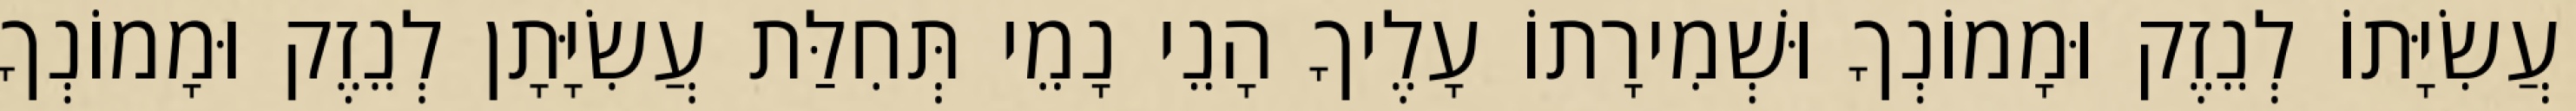
עֲשִׂיָּתוֹ לְנֵזֶק וּמָמוֹנְךָ וּשְׁמִירָתוֹ עָלֶיךָ הָנֵי נָמֵי תְּחִלַּת עֲשִׂיָּתָן לְנֵזֶק וּמָמוֹנְךָ